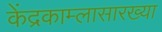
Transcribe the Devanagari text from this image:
केंद्रकाम्लासारख्या